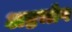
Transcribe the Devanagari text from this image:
अष्टभोग